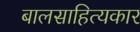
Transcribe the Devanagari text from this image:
बालसाहित्‍यकार